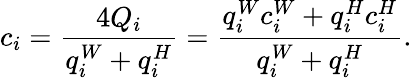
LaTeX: c_{i}=\frac{4Q_{i}}{q_{i}^{W}+q_{i}^{H}}=\frac{q_{i}^{W}c_{i}^{W}+q_{i}^{H}c_{i}^{H}}{q_{i}^{W}+q_{i}^{H}}.